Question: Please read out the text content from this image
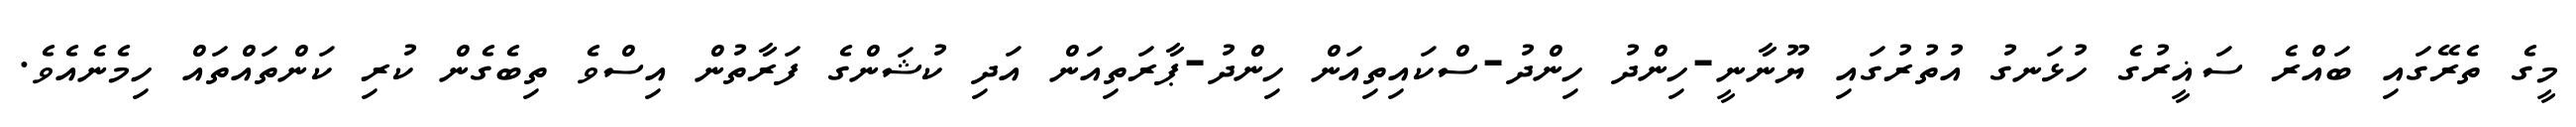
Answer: މީގެ ތެރޭގައި ބައްރެ ސަޣީރުގެ ހުޅަނގު އުތުރުގައި ޔޫނާނީ-ހިންދު ހިންދު-ސްކައިތިއަން ހިންދު-ޕާރަތިއަން އަދި ކުޝަންގެ ފަރާތުން އިސްވެ ތިބެގެން ކުރި ކަންތައްތައް ހިމެނެއެވެ.